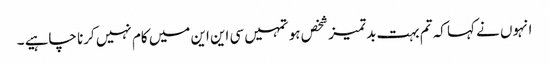
انہوں نے کہا کہ تم بہت بدتمیز شخص ہو تمہیں سی این این میں کام نہیں کرنا چاہیے ۔